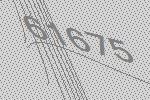
61675